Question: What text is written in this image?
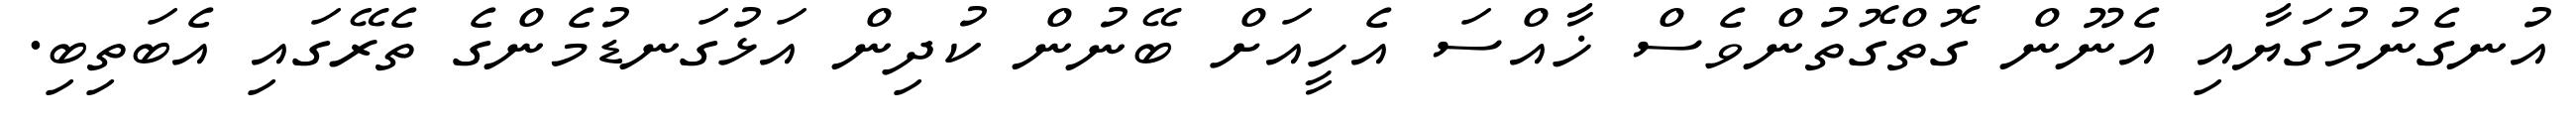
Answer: އުނގެނުމުގަޔާއި އެނޫން ގޮތްގޮތުންވެސް ޚާއްސަ އެހީއަށް ބޭނުން ކުދިން އަޅުގަނޑުމެންގެ ތެރޭގައި އެބަތިބި.